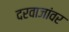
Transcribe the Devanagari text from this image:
दरवाजांवर